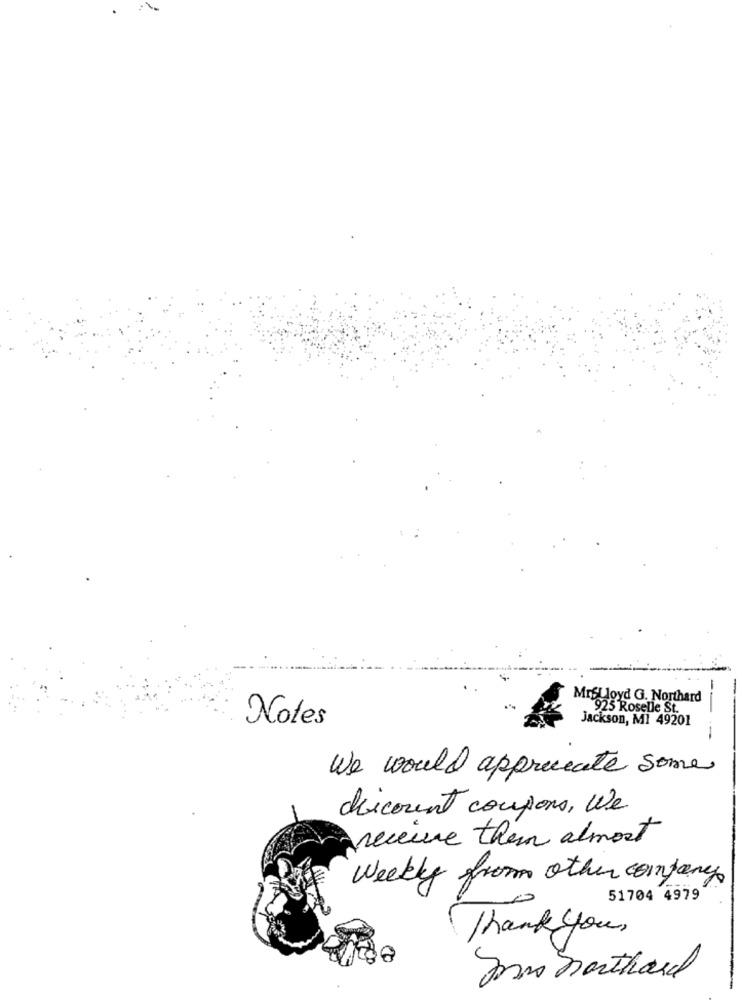
MrsLloyd G. Northard
925 Roselle St.
Notes
jackson, MI 49201
We would appreciate some
discount coupons, We
receive theim almost
Weekly from other company
51704 4979
Thank you,
In northara